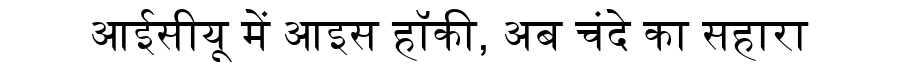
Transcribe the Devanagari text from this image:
आईसीयू में आइस हॉकी, अब चंदे का सहारा